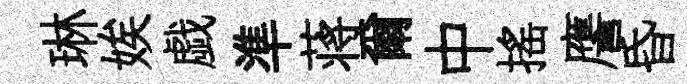
琳娭戯準蒋爾中摇譍昏